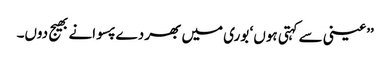
’’عینی سے کہتی ہوں ‘ بوری میں بھر دے پسوانے بھیج دوں۔